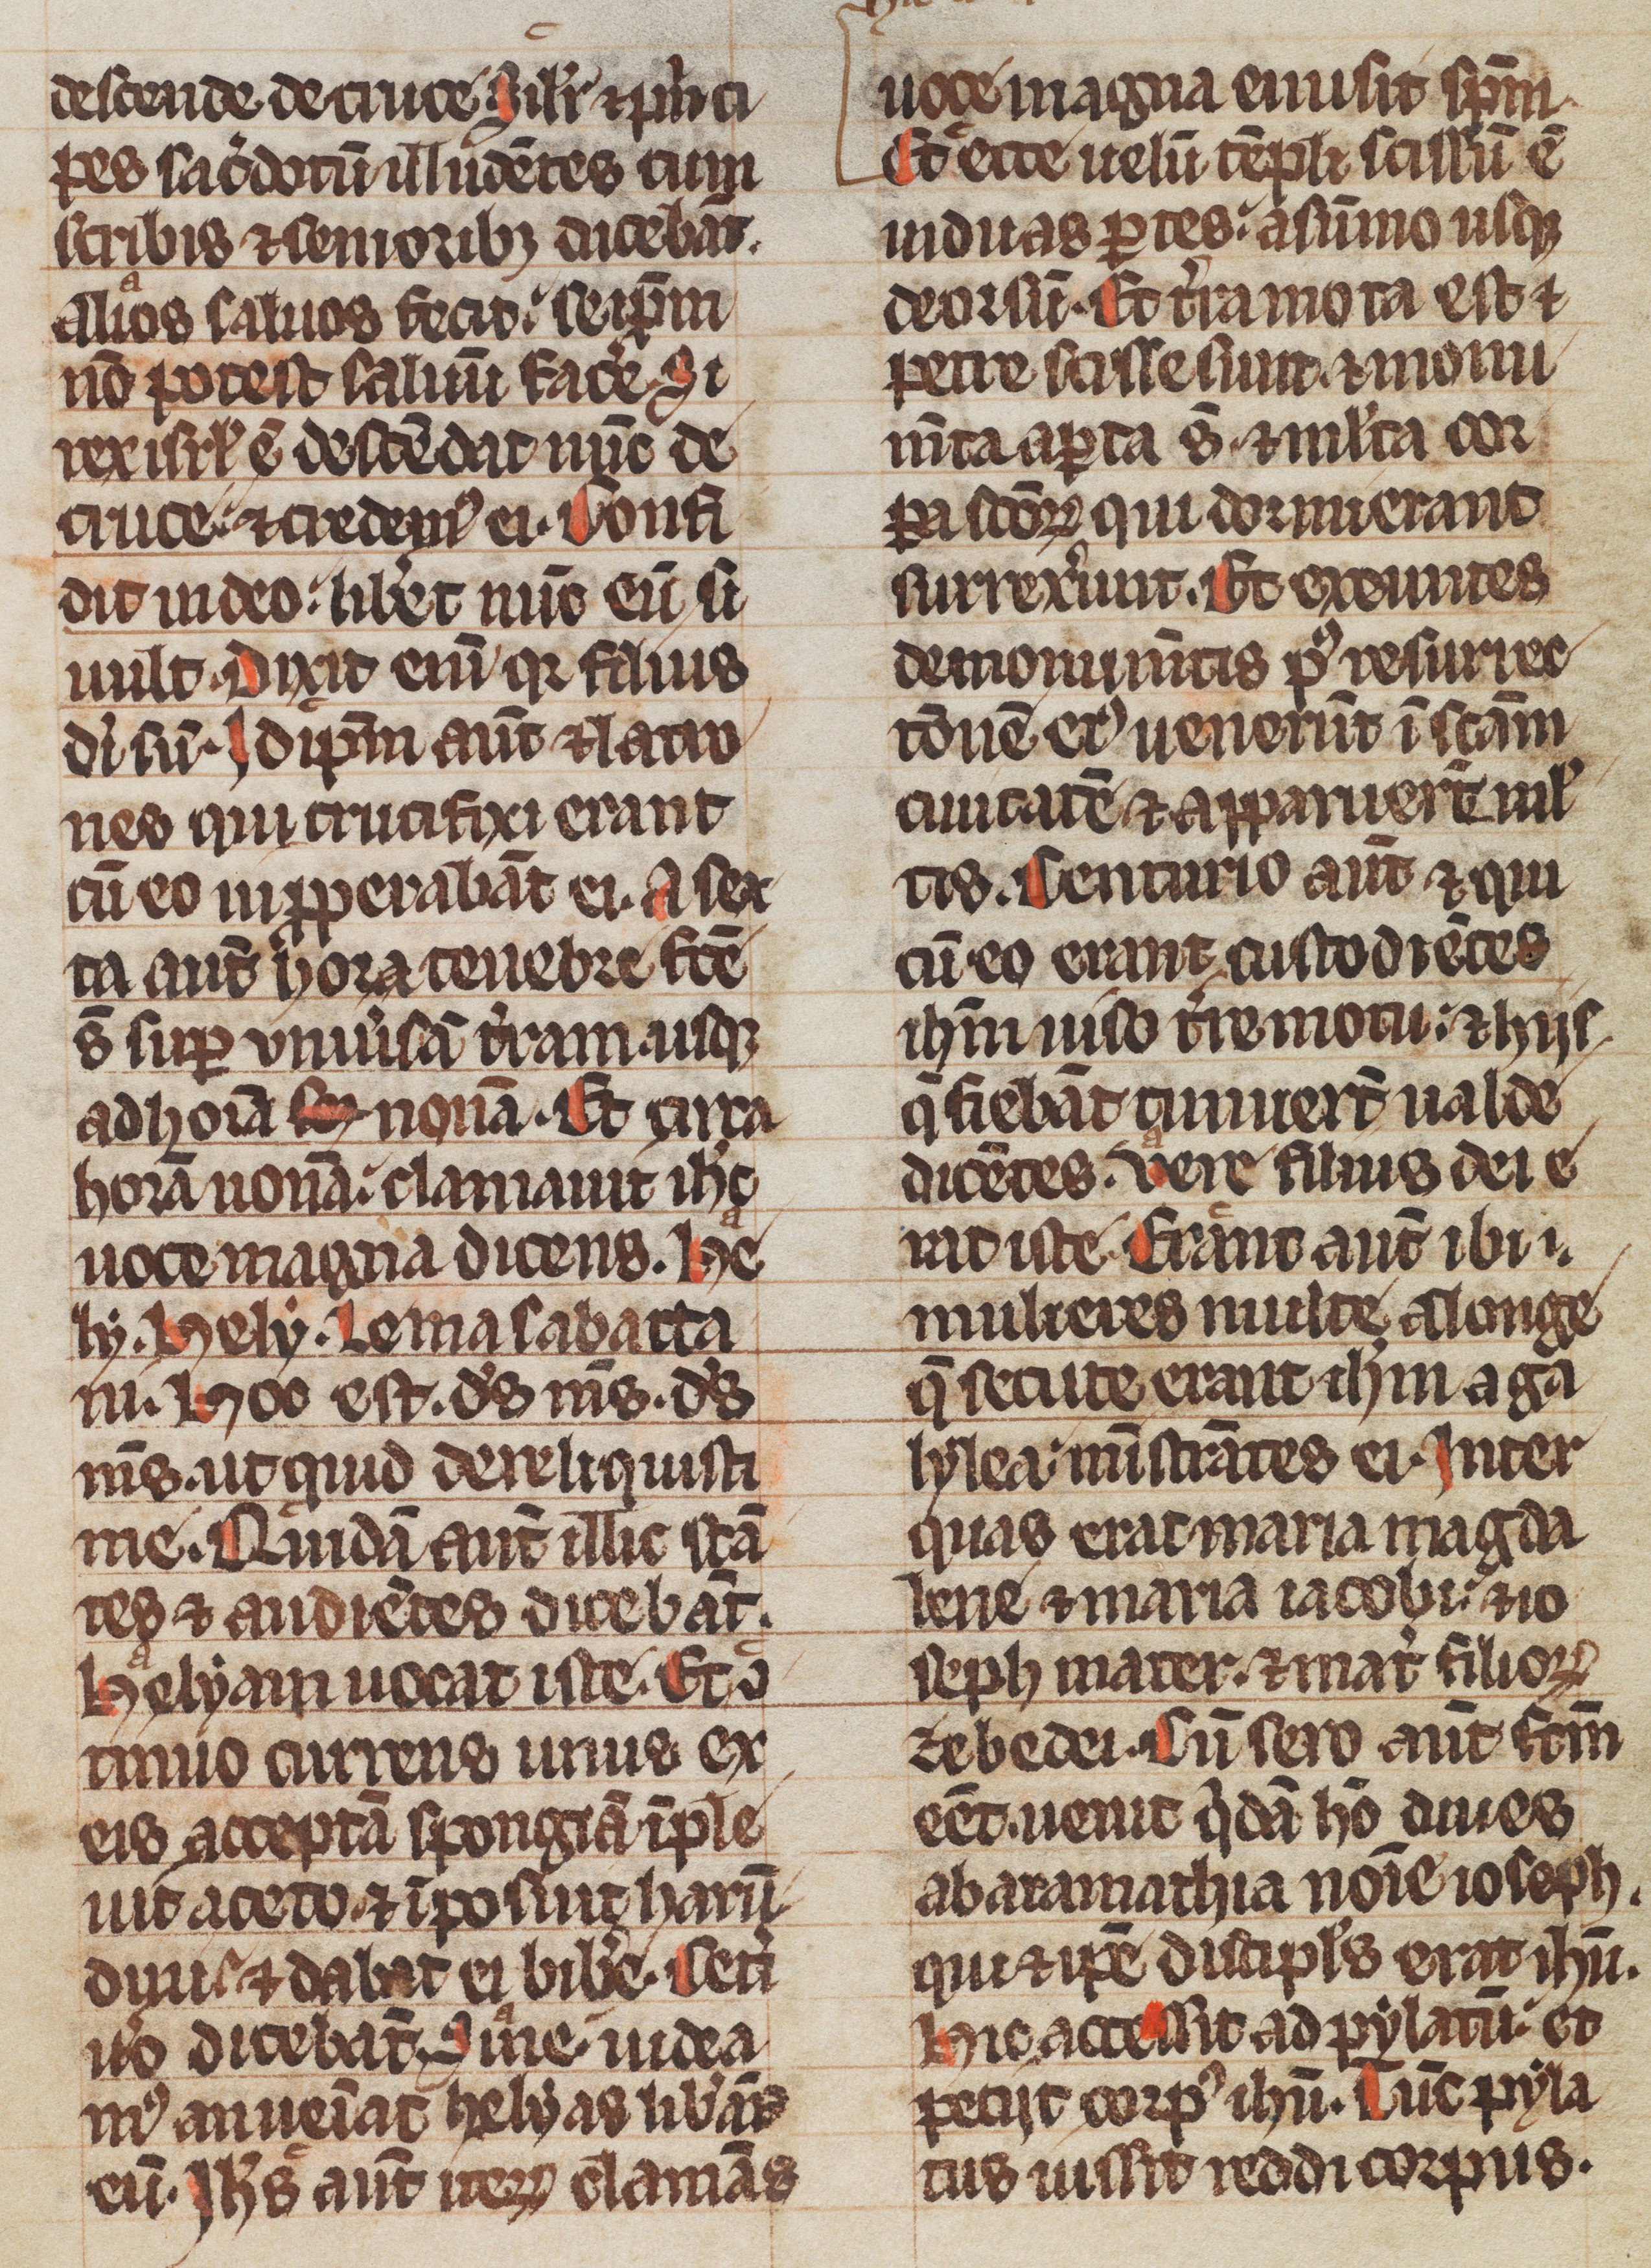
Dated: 1285–1315